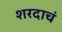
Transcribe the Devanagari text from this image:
शरदाचं